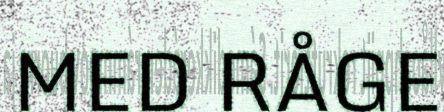
MED RÅGE